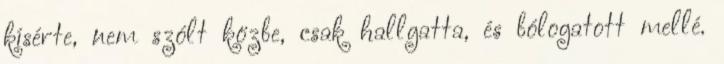
kísérte, nem szólt közbe, csak hallgatta, és bólogatott mellé.